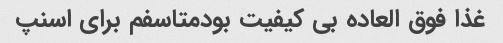
غذا فوق العاده بی کیفیت بودمتاسفم برای اسنپ